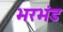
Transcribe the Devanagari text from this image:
भरभंड